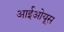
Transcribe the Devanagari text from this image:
आईओयूस